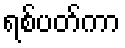
ရစ်ပတ်ကာ